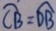
\widehat { C B } = \widehat { D B }